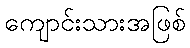
ကျောင်းသားအဖြစ်